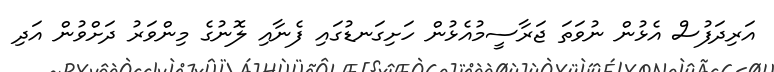
އަރިދަފުސް އެޅުން ނުވަތަ ޖަރާސީމުއެޅުން ހަށިގަނޑުގައި ފެނާއި ލޮނުގެ މިންވަރު ދަށްވުން އަދި